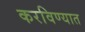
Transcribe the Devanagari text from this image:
करविण्यात